Annual report of the Punjab Veterinary College and of the Civil Veterinary Department, Punjab - 1909-1919
Year: 1909
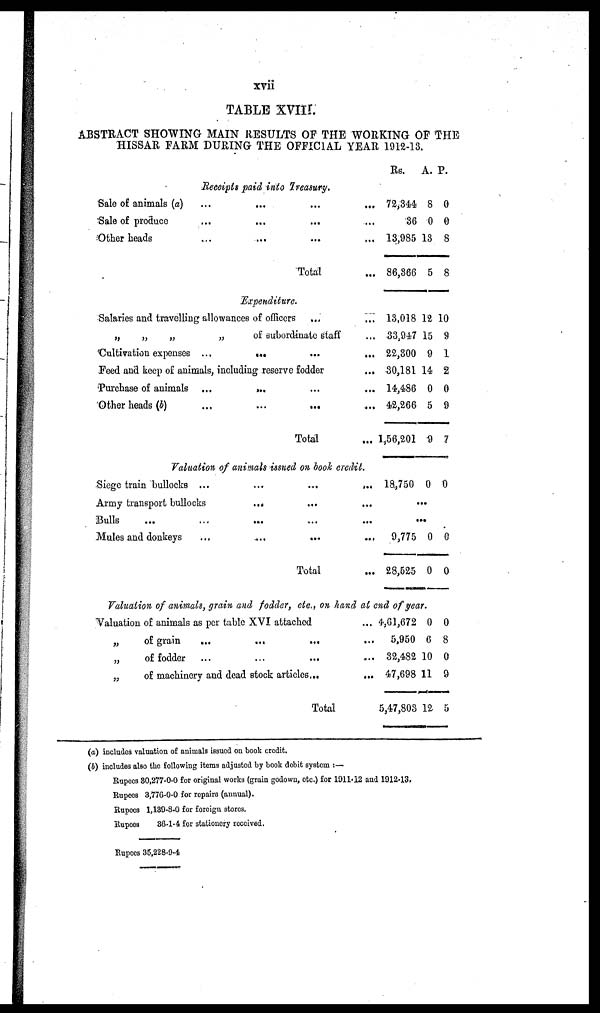
xvii
TABLE XVIII.
ABSTRACT SHOWING MAIN RESULTS OF THE WORKING OF THE
HISSAR FARM DURING THE OFFICIAL YEAR 1912-13.
Receipts paid into Treasury.
Sale of animals (a)
...
...
Sale of produce
Other heads ... ... ... ... ... ...
Total
Expenditure.
Salaries and travelling allowances of officers ... ... ...
„
„
„
„
of subordinate staff
'Cultivation expenses ... ... ... ...
Feed and keep of animals, including reserve fodder
Purchase of animals ... ... ... ...
Other heads (b)
...
...
...
...
...
Total
Rs.
72,344
36
13,985
86,366
13,018
33,947
22,300
30,181
14,486
42,266
1,56,201
Valuation of animals issued on book credit.
Siege train bullocks ... ... ... ...
Army transport bullocks ... ... ... ... ...
Bulls
Mules and donkeys
Total
18,750
A.
8
0
18
5
12
15
9
14
0
5
9
0
P.
0
0
8
8
10
9
1
2
0
9
7
0
...
...
9,775
28,525
Valuation of animals, grain and fodder, etc., on hand at end of year.
Valuation of animals as per table XVI attached
„
of grain
„
of fodder
„
of machinery and dead stock articles ...
Total
4,61,672
5,950
32,482
47,698
5,47,803
0
0
0
6
10
11
12
0
0
0
8
0
9
5
(a) includes valuation of animals issued on book credit.
(b) includes also the following items adjusted by book debit system:—
Rupees
Rupees
Rupees
Rupees
80,277-0-0 for original works (grain godown, etc.) for 1911-12 and 1912-13.
3,776-0-0 for repairs (annual).
1,139-8-0 for foreign stores.
36-1-4 for stationery received.
Rupees 35,228-9-4